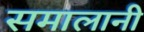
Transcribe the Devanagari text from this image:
समालानी